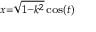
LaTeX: \scriptstyle { x = { \sqrt { 1 - k ^ { 2 } } } \cos ( t ) }